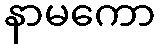
နာမကော